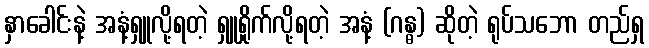
နှာခေါင်းနဲ့ အနံ့ရှူလို့ရတဲ့ ရှူရှိုက်လို့ရတဲ့ အနံ့ (ဂန္ဓ) ဆိုတဲ့ ရုပ်သဘော တည်ရှ